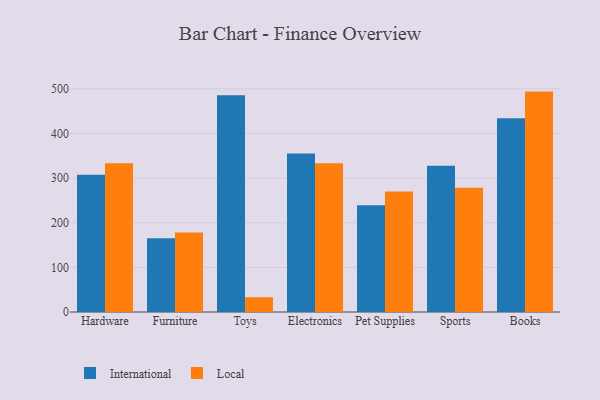
{"axis": {"x": "Category", "y": "Waste Production (Tons)"}, "legend": ["International", "Local"], "data": [{"x": "Hardware", "y": 307.7, "type": "International"}, {"x": "Hardware", "y": 333.3, "type": "Local"}, {"x": "Furniture", "y": 165.0, "type": "International"}, {"x": "Furniture", "y": 178.2, "type": "Local"}, {"x": "Toys", "y": 485.6, "type": "International"}, {"x": "Toys", "y": 33.1, "type": "Local"}, {"x": "Electronics", "y": 355.3, "type": "International"}, {"x": "Electronics", "y": 333.2, "type": "Local"}, {"x": "Pet Supplies", "y": 238.9, "type": "International"}, {"x": "Pet Supplies", "y": 269.8, "type": "Local"}, {"x": "Sports", "y": 327.6, "type": "International"}, {"x": "Sports", "y": 278.3, "type": "Local"}, {"x": "Books", "y": 433.9, "type": "International"}, {"x": "Books", "y": 493.8, "type": "Local"}]}